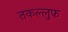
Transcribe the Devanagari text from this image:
तकल्लुफ